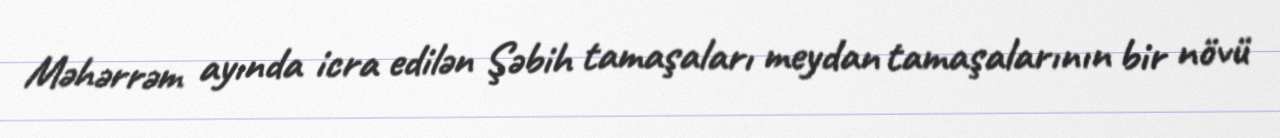
Məhərrəm ayında icra edilən Şəbih tamaşaları meydan tamaşalarının bir növü